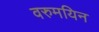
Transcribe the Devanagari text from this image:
वरुमयिन